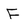
Character: F